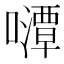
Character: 𱕛